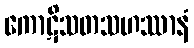
ကောဋိသတသဟဿာနံ